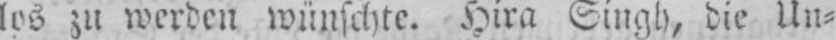
los zu werden wünschte. Hira Singh, die Un⸗